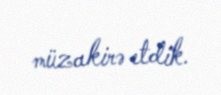
müzakirə etdik.